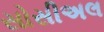
સોસીઅલ